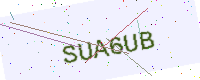
Text: SUA6UB